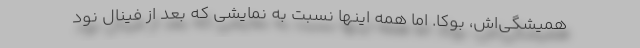
همیشگی‌اش، بوکا. اما همه اینها نسبت به نمایشی که بعد از فینال نود